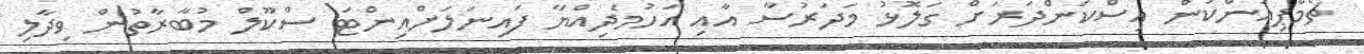
ޗެމްޕިއަންކަން އިސްކަންދަރަށް ގަލޮޅު މަދަރުސާ އާއި އަހުމަދިއްޔާ ފައިނަލަށްއިންޓަ ސްކޫލް މުބާރާތުން ވިދާލި